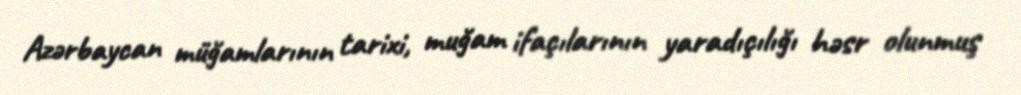
Azərbaycan müğamlarının tarixi, muğam ifaçılarının yaradıçılığı həsr olunmuş